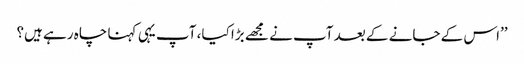
’’اس کے جانے کے بعد آپ نے مجھے بڑا کیا، آپ یہی کہنا چاہ رہے ہیں؟